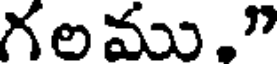
గలము."